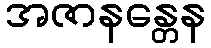
အဇာနန္တေန